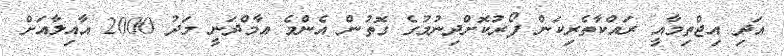
އަދި އިޖްތިމާއީ ރައްކާތެރިކަން ފޯރުކޮށްދިނުމުގެ ގޮތުން އެންމެ އާމްދަނީ މަދު 2000 އާއިލާއަށް